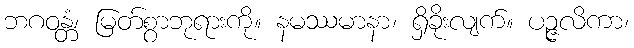
ဘဂဝန္တံ၊ မြတ်စွာဘုရားကို။ နမဿမာနာ၊ ရှိခိုးလျက်။ ပဉ္ဇလိကာ၊